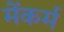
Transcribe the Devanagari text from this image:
मेंकर्म